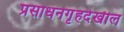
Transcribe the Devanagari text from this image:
प्रसाधनगृहदेखील